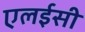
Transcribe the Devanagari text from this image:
एलईसी